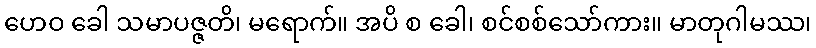
ဟေဝ ခေါ သမာပဇ္ဇတိ၊ မရောက်။ အပိ စ ခေါ၊ စင်စစ်သော်ကား။ မာတုဂါမဿ၊